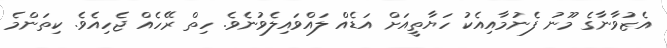
އެޒުވާނާގެ މޫނު ފެނުމާއިއެކު ހަޔާތީއަށް އަޑެއް ލައްވައިލެވުނެވެ. ހިތް ރޭހެއް ޖެހިއެވެ. ކިތަންމެ